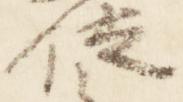
位